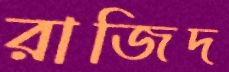
রাজিদ